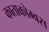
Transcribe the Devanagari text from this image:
काताकोम्बस